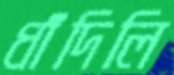
ধাঁদিলি